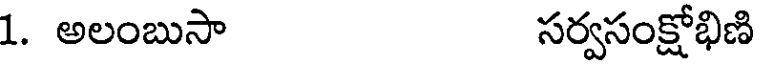
1. అలంబుసా సర్వసంక్షోభిణి